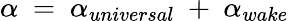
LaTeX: \alpha~=~\alpha_{universal}~+~\alpha_{wake}